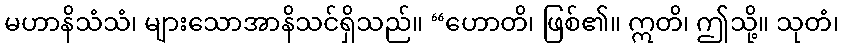
မဟာနိသံသံ၊ များသောအာနိသင်ရှိသည်။ “ဟောတိ၊ ဖြစ်၏။ ဣတိ၊ ဤသို့။ သုတံ၊